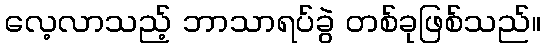
လေ့လာသည့် ဘာသာရပ်ခွဲ တစ်ခုဖြစ်သည်။